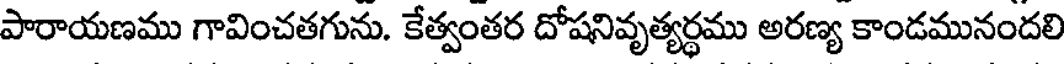
పారాయణము గావించతగును. కేత్వంతర దోషనివృత్యర్థము అరణ్య కాండమునందలి